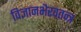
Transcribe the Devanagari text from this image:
विज्ञानभैरवतन्त्र